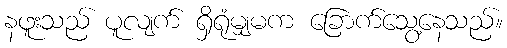
နဖူးသည် ပူလျက် ရှိရုံမျှမက ခြောက်သွေ့နေသည်။